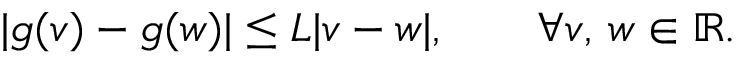
| g ( v ) - g ( w ) | \leq L | v - w | , \qquad \forall v , \, w \in \mathbb { R } .